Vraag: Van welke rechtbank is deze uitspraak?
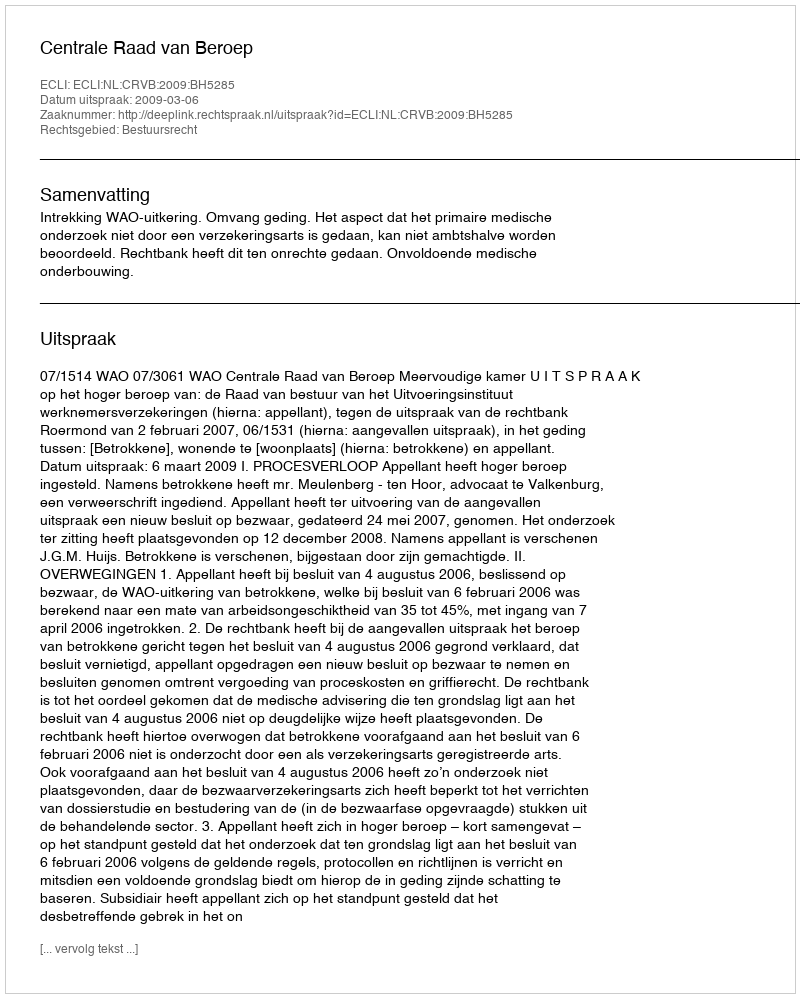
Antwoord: Centrale Raad van Beroep